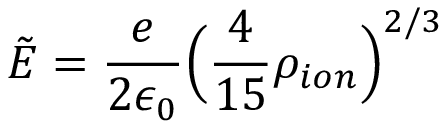
\tilde { E } = \frac { e } { 2 \epsilon _ { 0 } } \Big ( \frac { 4 } { 1 5 } \rho _ { i o n } \Big ) ^ { 2 / 3 }